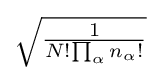
{\textstyle {\sqrt {\frac {1}{N!{\prod _{\alpha }{n_{\alpha }!}}}}}}